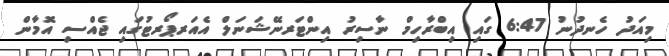
މިއަދު ހެނދުނު 6:47 ގައި އިބްރާހިމް ނާސިރު އިންޓަރނޭޝަނަލް އެއަރޕޯރޓުގައި ޖެއްސި އޮމާން